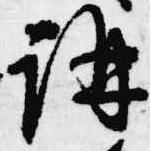
講